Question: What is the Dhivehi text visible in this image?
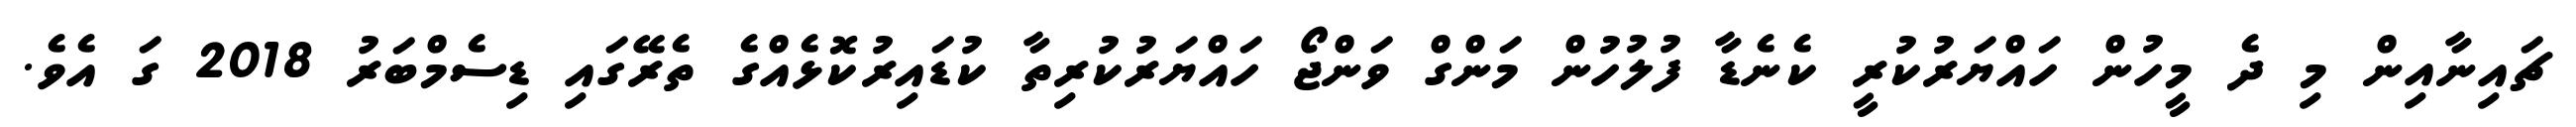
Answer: ޗައިނާއިން މި ދެ މީހުން ހައްޔަރުކުރީ ކެނެޑާ ފުލުހުން މަންގް ވަންޖޯ ހައްޔަރުކުރިތާ ކުޑައިރުކޮޅެއްގެ ތެރޭގައި ޑިސެމްބަރު 2018 ގަ އެވެ.